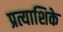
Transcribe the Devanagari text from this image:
प्रत्याशिके